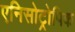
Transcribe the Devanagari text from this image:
एनिसोट्रोपिक